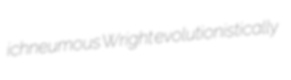
ichneumous Wright evolutionistically